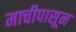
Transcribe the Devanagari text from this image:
माचीपासून